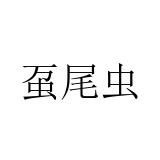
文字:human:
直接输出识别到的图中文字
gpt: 虿尾虫